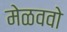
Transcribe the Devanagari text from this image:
मेळववो